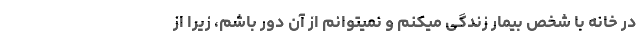
در خانه با شخص بیمار زندگی میکنم و نمیتوانم از آن دور باشم، زیرا از